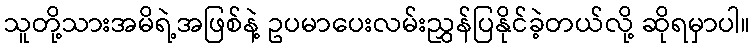
သူတို့သားအမိရဲ့အဖြစ်နဲ့ ဥပမာပေးလမ်းညွှန်ပြနိုင်ခဲ့တယ်လို့ ဆိုရမှာပါ။